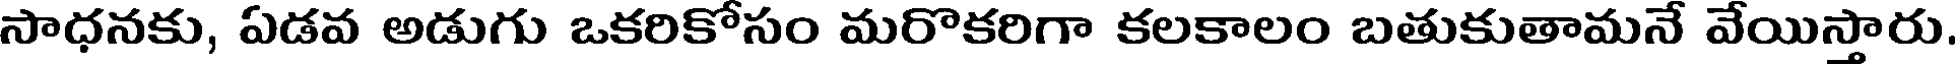
సాధనకు, ఏడవ అడుగు ఒకరికోసం మరొకరిగా కలకాలం బతుకుతామనే వేయిస్తారు